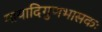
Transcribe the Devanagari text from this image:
मायादिगुणभासकः